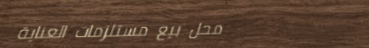
محل بيع مستلزمات العناية